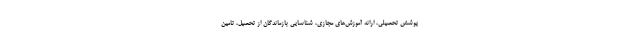
پوشش تحصیلی، ارائه آموزش‌های مجازی، شناسایی بازماندگان از تحصیل، تامین